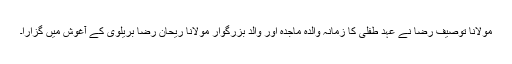
مولانا توصیف رضا نے عہد طفلی کا زمانہ والدہ ماجدہ اور والد بزرگوار مولانا ریحان رضا بریلوی کے آغوش میں گزارا۔